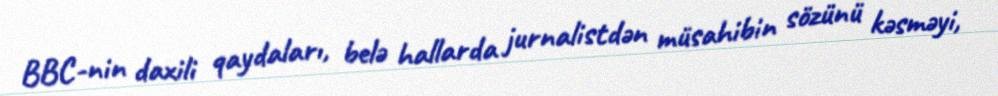
BBC-nin daxili qaydaları, belə hallarda jurnalistdən müsahibin sözünü kəsməyi,